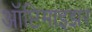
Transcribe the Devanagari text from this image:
ऑप्टिमाइझर